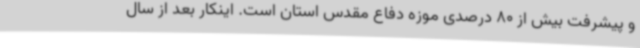
و پیشرفت بیش از 80 درصدی موزه دفاع مقدس استان است. اینکار بعد از سال